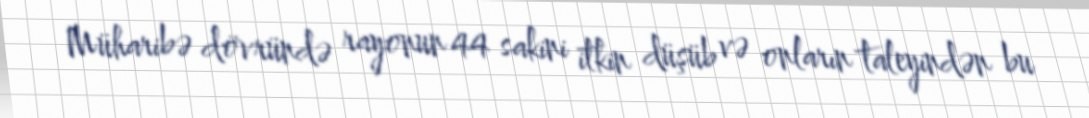
Müharibə dövründə rayonun 44 sakini itkin düşüb və onların taleyindən bu